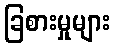
ခြစားမှုများ